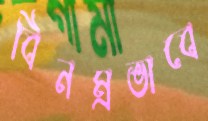
বিনম্রভাবে